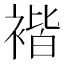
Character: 𧚻